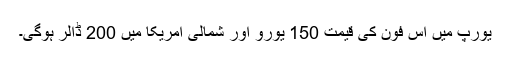
یورپ میں اس فون کی قیمت 150 یورو اور شمالی امریکا میں 200 ڈالر ہوگی۔